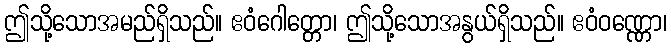
ဤသို့သောအမည်ရှိသည်။ ဧဝံဂေါတ္တော၊ ဤသို့သောအနွယ်ရှိသည်။ ဧဝံဝဏ္ဏော၊